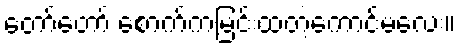
တော်တော် စောက်ကမြင်းထတဲ့ကောင်မလေး။